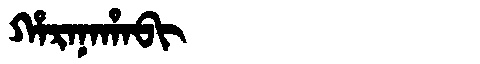
Manchu: ᡥᠠᡵᠠᠨᠠᡥᠠᠪᡳ
Romanization: HARANAHABI